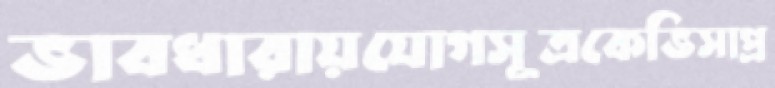
ভাবধারায়যোগসূত্রকেভিসাপ্র